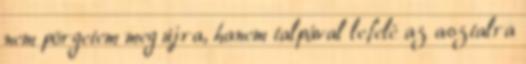
nem pörgetem meg újra, hanem talpával lefelé az asztalra